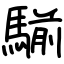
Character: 騚